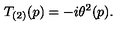
T _ { ( 2 ) } ( p ) = - i \theta ^ { 2 } ( p ) .